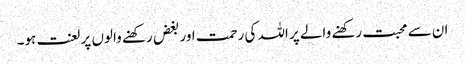
ان سے محبت رکھنے والے پر اللہ کی رحمت اور بغض رکھنے والوں پر لعنت ہو۔